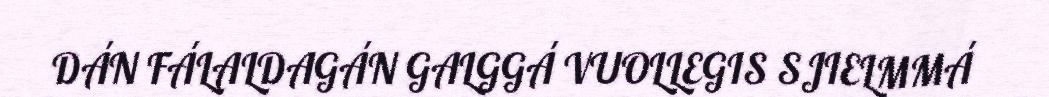
DÁN FÁLALDAGÁN GALGGÁ VUOLLEGIS SJIELMMÁ